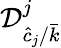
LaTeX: \mathcal{D}_{\hat{c}_{j}/\bar{k}}^{j}